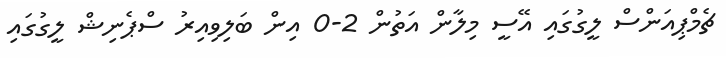
ޗެމްޕިއަންސް ލީގުގައި އޭސީ މިލާން އަތުން 2-0 އިން ބަލިވިއިރު ސްޕެނިޝް ލީގުގައި